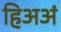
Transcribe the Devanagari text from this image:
हिअअं